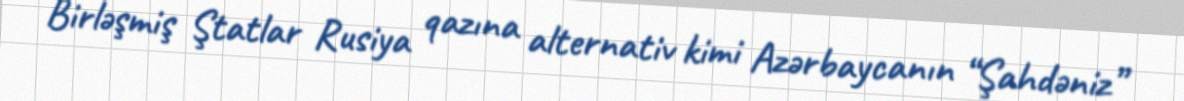
Birləşmiş Ştatlar Rusiya qazına alternativ kimi Azərbaycanın “Şahdəniz”